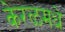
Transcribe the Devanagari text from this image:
केरळमधे